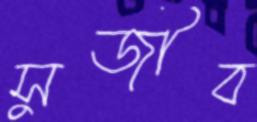
সুজীব